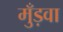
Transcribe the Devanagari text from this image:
मुँड़वा